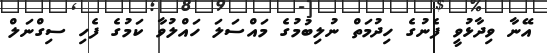
އޭނާ ވިދާޅުވީ ފެނުގެ ހިދުމަތް ނުލިބުމުގެ މައްސަލަ ހައްލުވާ ކަމުގެ ފެހި ސިގްނަލް